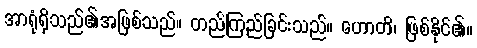
အာရုံရှိသည်၏အဖြစ်သည်။ တည်ကြည်ခြင်းသည်။ ဟောတိ၊ ဖြစ်နိုင်၏။